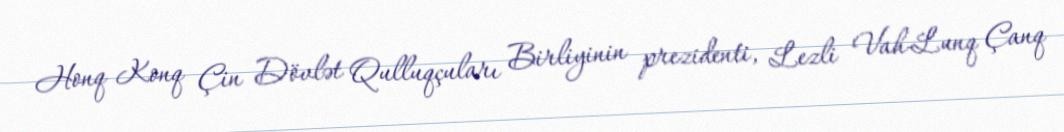
Honq Konq Çin Dövlət Qulluqçuları Birliyinin prezidenti, Lezli Vah-Lunq Çanq